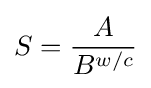
S={\frac {A}{B^{w/c}}}